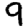
Digit: 9